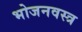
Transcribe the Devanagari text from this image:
भोजनवस्त्र